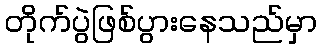
တိုက်ပွဲဖြစ်ပွားနေသည်မှာ